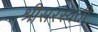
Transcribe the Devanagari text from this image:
श्रीसरस्वती